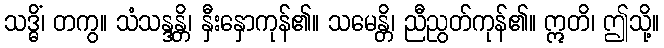
သဒ္ဓိံ၊ တကွ။ သံသန္ဒန္တိ၊ နှီးနှောကုန်၏။ သမေန္တိ၊ ညီညွတ်ကုန်၏။ ဣတိ၊ ဤသို့။